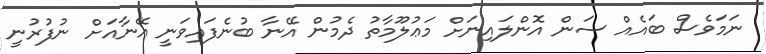
ނަމަވެސް ބައެއް ސަން އޮންލައިނަށް މަޢުލޫމާތު ދެމުން އޭނާ ބުނެފައިވަނީ އޭނާއަށް ނުފުރުނީ